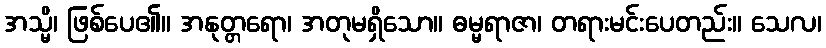
အသ္မိ၊ ဖြစ်ပေ၏။ အနုတ္တရော၊ အတုမရှိသော။ ဓမ္မရာဇာ၊ တရားမင်းပေတည်း။ သေလ၊